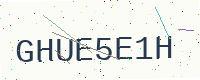
Text: GHUE5E1H